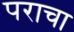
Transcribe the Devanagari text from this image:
पराचा